Lunatic asylums Bombay report 1878-1890 - 1878-1890
Year: 1878
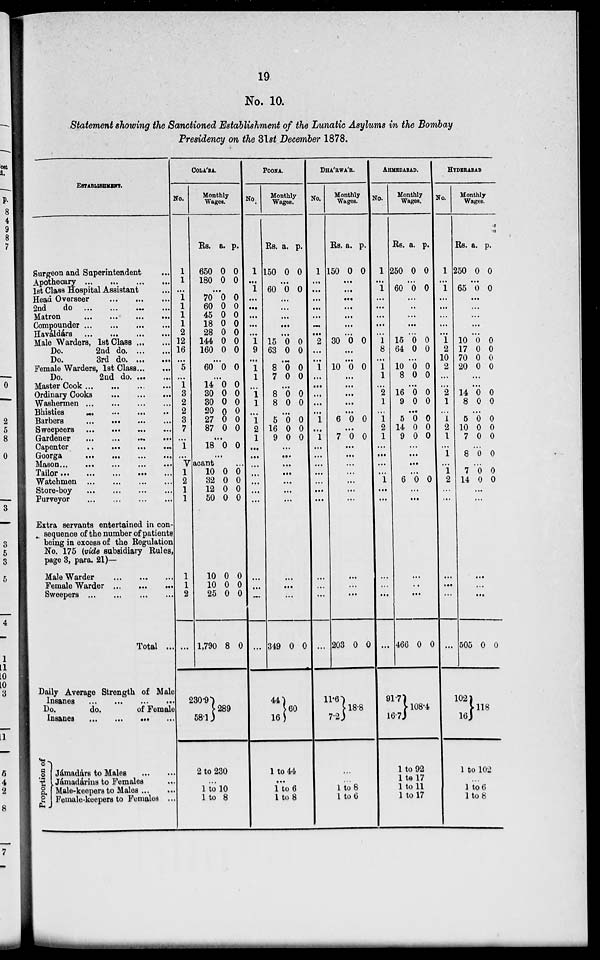
19
No. 10.
Statement showing the Sanctioned Establishment of the Lunatic Asylums in the Bombay
Presidency on the 31st December 1878.
ESTABLISHMENT.
Surgeon and Superintendent ...
Apothecary
...
...
...
...
1st Class Hospital Assistant ...
Head Overseer
...
...
...
2nd
do
...
...
...
...
Matron
...
...
...
...
Compounder
...
...
...
...
Haváldárs
...
...
...
...
Male Warders, 1st Class ... ...
Do.
2nd
do. ... ...
Do.
3rd do. ...
...
Female Warders, 1st Class ... ...
Do.
2nd
do. ... ...
Master Cook
...
...
...
...
Ordinary Cooks
...
...
...
Washermen
...
...
...
...
Bhisties
...
...
...
...
Barbers
...
...
...
...
Sweepeers ... ... ... ...
Gardener ... ... ... ...
Capenter
...
...
...
...
Goorga
...
...
...
...
Mason... ... ... ... ...
Tailor...
...
...
...
...
Watchmen
...
...
...
...
Store-boy
...
...
...
...
Purveyor ... ... ... ...
Extra servants entertained in con-
sequence of the number of patients
being in excess of the Regulation
No. 175 (vide subsidiary Rules,
page 3, para. 21)—
Male Warde ... ... ...
Female Warder ... ... ...
Sweepers
...
...
...
...
Total ...
Daily Average Strength of Male
Insanes
...
...
...
...
Do.
do.
of Female
Insanes
...
...
...
...
Proportion of
Jámadárs to Males
...
...
Jámadárins to Females ...
Male-keepers to Males ... ...
Female-keepers to Females ...
COLA' BA.
No.
1
1
...
1
1
1
1
2
12
16
...
5
...
1
3
2
2
3
7
...
1
...
Monthly
Wages.
Rs.
650
180
a.
0
0
p.
0
0
...
70
60
45
18
28
144
160
0
0
0
0
0
0
0
0
0
0
0
0
0
0
...
60 0 0
...
14
30
30
20
27
87
0
0
0
0
0
0
0
0
0
0
0
0
...
18 0 0
...
Vacant
1
2
1
1
1
1
2
...
10
32
12
50
10
10
25
1,790
230.9
58.1
0
0
0
0
0
0
0
8
...
0
0
0
0
0
0
0
0
289
2 to 230
...
1 to 10
1 to 8
POONA.
No
1
...
1
...
...
...
...
...
1
9
...
1
1
...
1
1
...
1 2
1
...
...
...
...
...
...
...
...
...
...
...
Monthly
Wages.
Rs.
150
a.
0
p.
0
...
60 0 0
...
...
...
...
...
15
63
0
0
0
0
...
8
7
0
0
0
0
...
8
8
0
0
0
0
...
5
16
9
0
0
0
0
0
0
...
...
...
...
...
...
...
...
...
...
349
44
16
0 0
60
1 to 44
...
1 to 6
1 to 8
DHA'RWA'R.
No.
1
...
...
...
...
...
...
...
2
...
...
1
...
...
...
...
...
1
...
1
...
...
...
...
...
...
...
...
...
...
...
Monthly
Wages.
Rs.
150
a.
0
p.
0
...
...
...
...
...
...
...
30 0 0
...
...
10 0 0
...
...
...
...
...
6 0 0
...
7 0 0
...
...
...
...
...
...
...
...
...
...
203
11.6
7.2
0 0
18.8
...
...
1 to 8
1 to 6
AHMEDABAD.
No.
1
...
1
...
...
...
...
...
1
8
...
1
1
...
2
1
...
1
2
1
...
...
...
...
1
...
...
...
...
...
...
Monthly
Wages.
Rs.
250
a.
0
p.
0
...
60 0 0
...
...
...
...
...
15
64
0
0
0
0
...
10
8
0
0
0
0
...
16
9
0
0
0
0
...
5
14
9
0
0
0
0
0
0
...
...
...
...
6 0 0
...
...
...
...
...
466
91.7
16.7
0
0
108.4
1 to 92
1 to 17
1 to 11
1 to 17
HYDERABAD
No.
1
...
1
...
...
...
...
...
1
2
10
2
...
...
2
1
...
1
2
1
...
1
...
1
2
...
...
...
...
...
...
Monthly
Wages.
Rs.
250
a.
0
p.
0
...
65 0 0
...
...
...
...
...
10
17
70
20
0
0
0
0
0
0
0
0
...
...
14
8
0
0
0
0
...
5
10
7
0
0
0
0
0
0
...
8 0 0
...
7
14
0
0
0
0
...
...
...
...
...
505
102
16
0 0
118
1 to 102
...
1 to 6
1 to 8